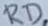
Text: RD